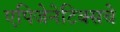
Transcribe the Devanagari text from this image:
एपिजेनेटिक्सचे